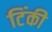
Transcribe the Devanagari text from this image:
टिंकी